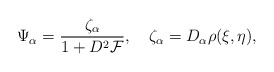
\begin{align*}\Psi_\alpha={\zeta_\alpha\over{ 1+D^2{\cal F}}}, \quad\zeta_\alpha=D_\alpha \rho(\xi,\eta),\end{align*}